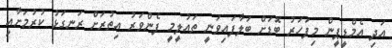
އަދި އެމްޑީޕީން މިފަހަރު ބޮޑަށް ބަލާފައިވަނީ ތައުލީމީ ފެންވަރު އިތުރަށް ރަނގަޅު ކުރުމަށާއި